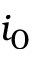
i _ { 0 }